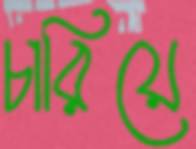
চারিয়ে